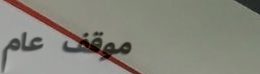
موقف عام